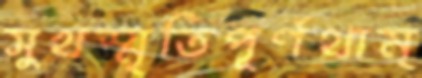
সুখস্মৃতিপূর্ণথাম্